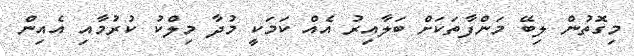
މިގޮތުން ލިބޭ މަންފާތަކަށް ބަލާއިރު އެއް ކަމަކީ މުދާ މިލްކު ކުރުމާއި އެއިން